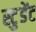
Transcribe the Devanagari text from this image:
स्टु़डेंट